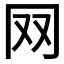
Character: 𦉳